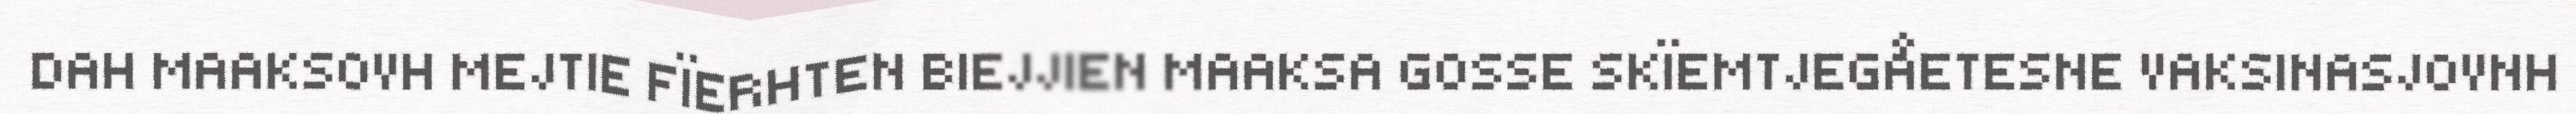
DAH MAAKSOVH MEJTIE FÏERHTEN BIEJJIEN MAAKSA GOSSE SKÏEMTJEGÅETESNE VAKSINASJOVNH